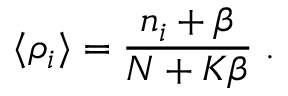
\langle \rho _ { i } \rangle = \frac { n _ { i } + \beta } { N + K \beta } \; .